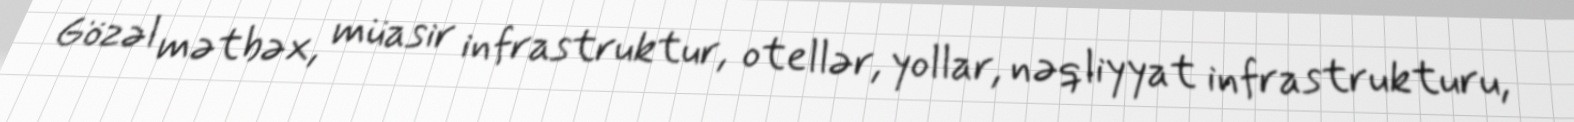
Gözəl mətbəx, müasir infrastruktur, otellər, yollar, nəqliyyat infrastrukturu,